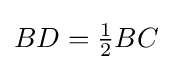
\textstyle {BD={\tfrac {1}{2}}BC}